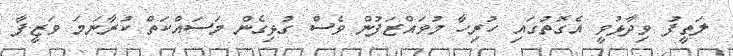
ލަތީފު ވިދާޅުވީ އެގޮތުގައި ހުރިހާ މުވައްޒަފުން ވެސް ގުޅިގެން މަސައްކަތް ކުރާނަމަ ވަޒީފާ